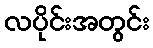
လပိုင်းအတွင်း